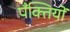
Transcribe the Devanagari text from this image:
पँक्तियों